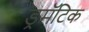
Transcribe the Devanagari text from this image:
ड्रमॅटिक